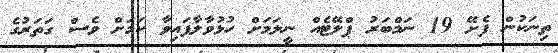
ތިނަކުން ފެށޭ 19 ނަމްބަރު ޕްލޭޓެއް ނީލަމަށް ހުޅުވާލާފައިވާ ކަމަށް ވެސް ގަތަރުގެ